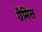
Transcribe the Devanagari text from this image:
ग्रैमिस